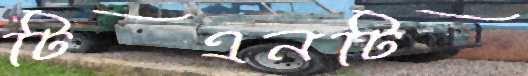
টিএনটি